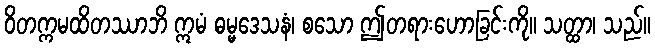
ဝိတက္ကမထိတဿာဘိ ဣမံ ဓမ္မဒေသနံ၊ စသော ဤတရားဟောခြင်းကို။ သတ္ထာ၊ သည်။